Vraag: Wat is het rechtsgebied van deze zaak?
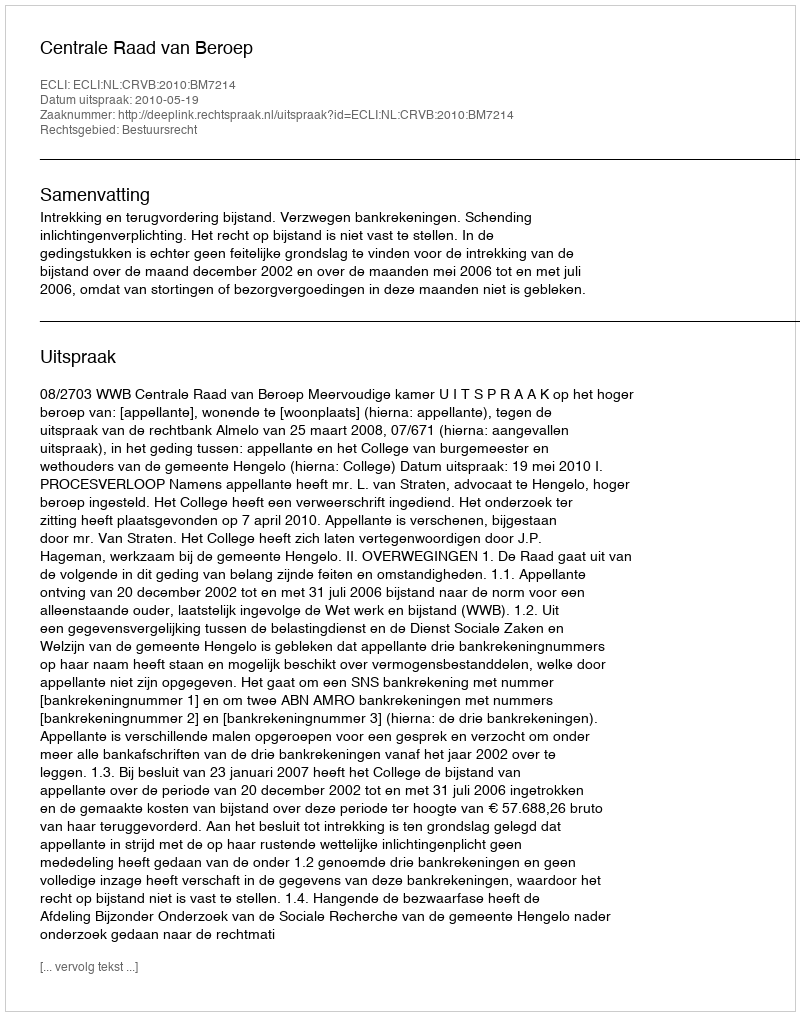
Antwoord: Bestuursrecht